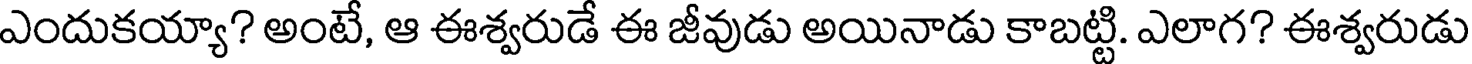
ఎందుకయ్యా? అంటే, ఆ ఈశ్వరుడే ఈ జీవుడు అయినాడు కాబట్టి. ఎలాగ? ఈశ్వరుడు